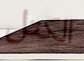
الكتل